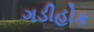
ગડીહોક